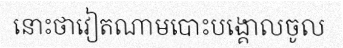
នោះថាវៀតណាមបោះបង្គោលចូល